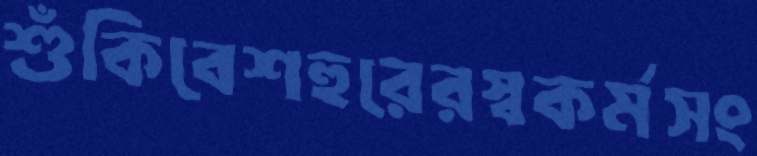
শুঁকিবেশহুরেরস্বকর্মসং